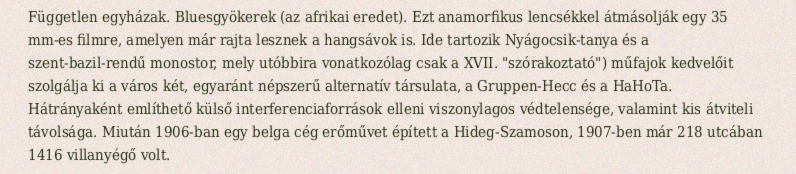
Független egyházak. Bluesgyökerek (az afrikai eredet). Ezt anamorfikus lencsékkel átmásolják egy 35 mm-es filmre, amelyen már rajta lesznek a hangsávok is. Ide tartozik Nyágocsik-tanya és a szent-bazil-rendű monostor, mely utóbbira vonatkozólag csak a XVII. "szórakoztató") műfajok kedvelőit szolgálja ki a város két, egyaránt népszerű alternatív társulata, a Gruppen-Hecc és a HaHoTa. Hátrányaként említhető külső interferenciaforrások elleni viszonylagos védtelensége, valamint kis átviteli távolsága. Miután 1906-ban egy belga cég erőművet épített a Hideg-Szamoson, 1907-ben már 218 utcában 1416 villanyégő volt.